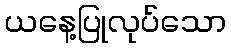
ယနေ့ပြုလုပ်သော